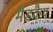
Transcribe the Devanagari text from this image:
मैडकैप